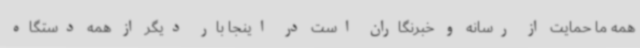
همه ما حمایت از رسانه و خبرنگاران است در اینجا بار دیگر از همه دستگاه